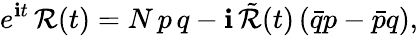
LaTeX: e^{\mathbf{i}t}\, \mathcal{R}(t)=N\, p\, q-\mathbf{i}\, \tilde{{\mathcal{R}}}(t)\, (\bar{{q}}p-\bar{{p}}q),